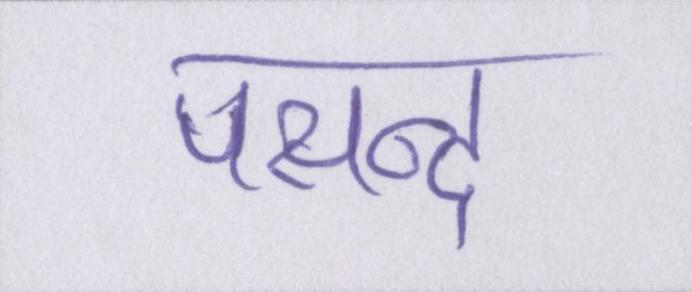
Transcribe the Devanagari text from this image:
पसन्द